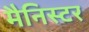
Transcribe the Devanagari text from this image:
मैनिस्टर